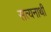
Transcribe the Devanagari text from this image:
सत्यनाथी